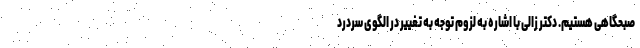
صبحگاهی هستیم. دکتر زالی با اشاره به لزوم توجه به تغییر در الگوی سردرد